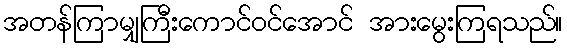
အတန်ကြာမျှကြီးကောင်ဝင်အောင် အားမွေးကြရသည်။